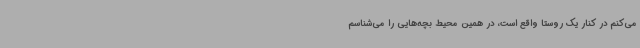
می‌کنم در کنار یک روستا واقع است، در همین محیط بچه‌هایی را می‌شناسم